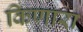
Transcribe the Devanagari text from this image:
किणारा